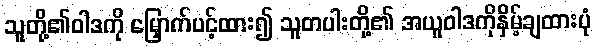
သူတို့၏ဝါဒကို မြှောက်ပင့်ထား၍ သူတပါးတို့၏ အယူဝါဒကိုနှိမ့်ချထားပုံ